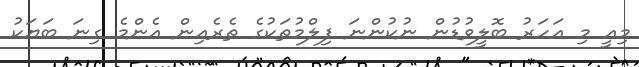
މިއީ މި އަހަރު ބޮލީވުޑުން ނުކުންނަ ފިލްމުތަކުގެ ތެރެއިން އެންމެ ގިނަ ބަޔަކު